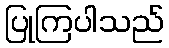
ပြုကြပါသည်